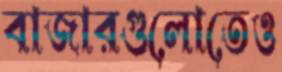
বাজারগুলোতেও